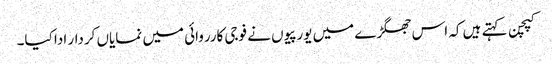
کپچن کہتے ہیں کہ اس جھگڑے میں یورپیوں نے فوجی کارروائی میں نمایاں کردار ادا کیا۔